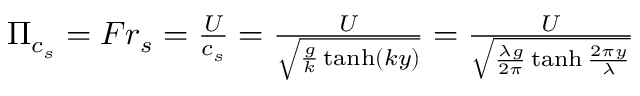
\begin{array} { r } { \Pi _ { c _ { s } } = F r _ { s } = \frac { U } { c _ { s } } = \frac { U } { \sqrt { \frac { g } { k } \operatorname { t a n h } ( k y ) } } = \frac { U } { \sqrt { \frac { \lambda g } { 2 \pi } \operatorname { t a n h } \frac { 2 \pi y } { \lambda } } } } \end{array}